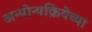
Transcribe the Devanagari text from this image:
अन्योन्यक्रियेच्या